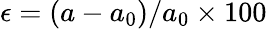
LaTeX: \epsilon=(a-a_{0})/a_{0}\times 100